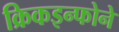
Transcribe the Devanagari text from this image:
क्रिकइन्फोने